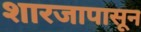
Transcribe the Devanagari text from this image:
शारजापासून